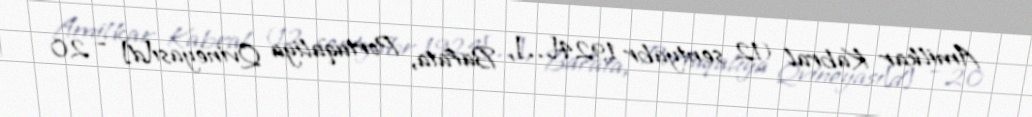
Amilkar Kabral (12 sentyabr 1924[…], Bafata, Portuqaliya Qvineyası[d] – 20